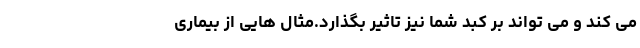
می کند و می تواند بر کبد شما نیز تاثیر بگذارد.مثال هایی از بیماری